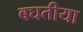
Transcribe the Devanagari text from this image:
बघतीया